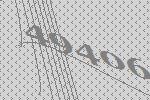
49406